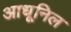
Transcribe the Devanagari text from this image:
आधूनिल